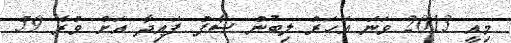
މިއީ 2013 ވަނަ އަހަރު ލިބުނު ސާފު ފައިދާ އަށް ވުރެ 59